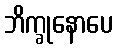
ဘိက္ခုနောပေ